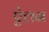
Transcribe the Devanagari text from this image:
एेलन